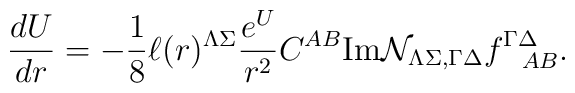
{dU\over dr}=-{1\over 8} \ell(r)^{\Lambda\Sigma}{e^U\over r^2}C^{AB}{\rm Im}{\cal N }_{\Lambda \Sigma,\Gamma\Delta} f^{\Gamma\Delta}_{~~AB}.